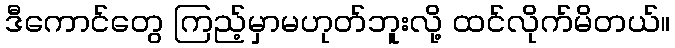
ဒီကောင်တွေ ကြည့်မှာမဟုတ်ဘူးလို့ ထင်လိုက်မိတယ်။